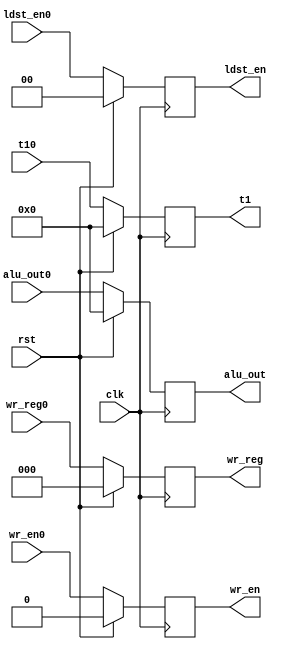
`timescale 1ns / 1ps
//////////////////////////////////////////////////////////////////////////////////
// Company: 
// Engineer: 
// 
// Design Name: 
// Module Name: WtoF
// Project Name: 
// Target Devices: 
// Tool Versions: 
// Description: 
// 
// Dependencies: 
// 
// Revision:
// Revision 0.01 - File Created
// Additional Comments:
// 
//////////////////////////////////////////////////////////////////////////////////


module EtoM(
    input clk,
    input rst,
    input [1:0] ldst_en0,
    input wr_en0,
    input [9:0] alu_out0,
    input [2:0] wr_reg0,
    input [9:0] t10,
    output reg [1:0] ldst_en,
    output reg wr_en,
    output reg [9:0] alu_out,
    output reg [2:0] wr_reg,
    output reg [9:0] t1 
    );
    
    always@(posedge clk) begin
        if(rst == 1) begin
            ldst_en = 0;
            wr_en = 0;
            alu_out = 0;
            wr_reg = 0;
            t1 = 0;
        end
        else begin
            ldst_en = ldst_en0;
            wr_en = wr_en0;
            alu_out = alu_out0;
            wr_reg = wr_reg0;
            t1 = t10;      
        end
    end
endmodule